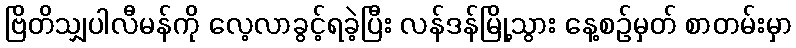
ဗြိတိသျှပါလီမန်ကို လေ့လာခွင့်ရခဲ့ပြီး လန်ဒန်မြို့သွား နေ့စဉ်မှတ် စာတမ်းမှာ